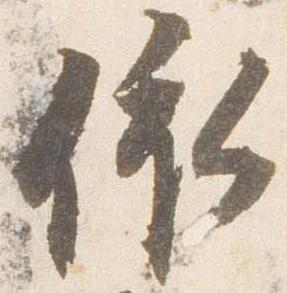
依